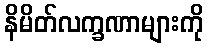
နိမိတ်လက္ခဏာများကို